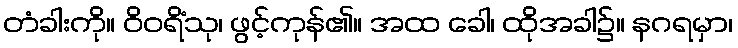
တံခါးကို။ ဝိဝရိံသု၊ ဖွင့်ကုန်၏။ အထ ခေါ၊ ထိုအခါ၌။ နဂရမှာ၊